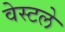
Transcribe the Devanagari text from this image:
वेस्टले